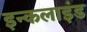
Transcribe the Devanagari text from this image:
इन्कलाइंड